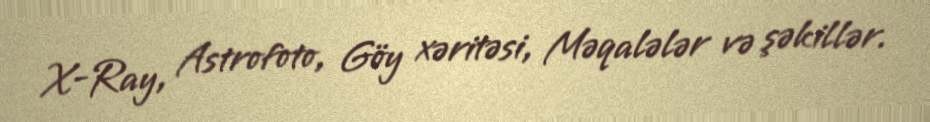
X-Ray, Astrofoto, Göy xəritəsi, Məqalələr və şəkillər.